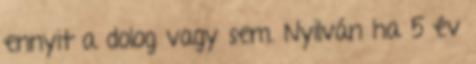
ennyit a dolog vagy sem. Nyilván ha 5 év